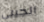
الجيني